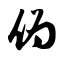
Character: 伪